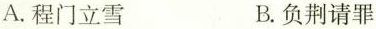
A.程门立雪 B.负荆请罪